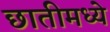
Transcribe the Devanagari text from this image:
छातीमध्ये